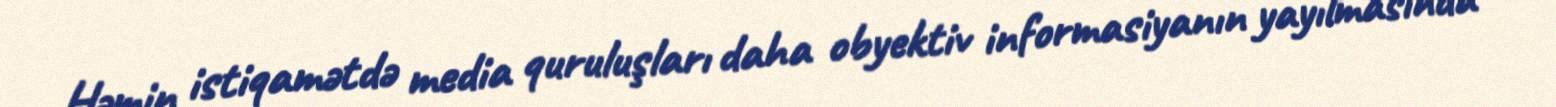
Həmin istiqamətdə media quruluşları daha obyektiv informasiyanın yayılmasında